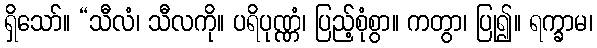
ရှိသော်။ “သီလံ၊ သီလကို။ ပရိပုဏ္ဏံ၊ ပြည့်စုံစွာ။ ကတွာ၊ ပြု၍။ ရက္ခာမ၊